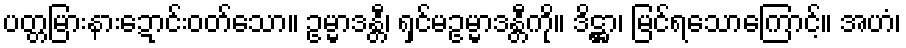
ပတ္တမြားနားဍောင်းဝတ်သော။ ဥမ္မာဒန္တီ၊ ရှင်မဥမ္မာဒန္တီကို။ ဒိဋ္ဌာ၊ မြင်ရသောကြောင့်။ အဟံ၊